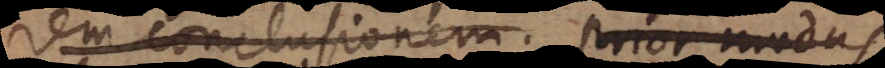
rem conclusionem. Prior modus